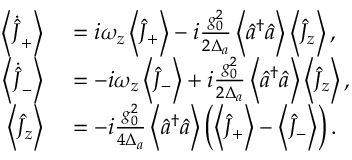
\begin{array} { r l } { \left\langle \dot { \hat { J } } _ { + } \right\rangle } & { { } = i \omega _ { z } \left\langle \hat { J } _ { + } \right\rangle - i \frac { g _ { 0 } ^ { 2 } } { 2 \Delta _ { a } } \left\langle \hat { a } ^ { \dagger } \hat { a } \right\rangle \left\langle \hat { J } _ { z } \right\rangle , } \\ { \left\langle \dot { \hat { J } } _ { - } \right\rangle } & { { } = - i \omega _ { z } \left\langle \hat { J } _ { - } \right\rangle + i \frac { g _ { 0 } ^ { 2 } } { 2 \Delta _ { a } } \left\langle \hat { a } ^ { \dagger } \hat { a } \right\rangle \left\langle \hat { J } _ { z } \right\rangle , } \\ { \left\langle \hat { J } _ { z } \right\rangle } & { { } = - i \frac { g _ { 0 } ^ { 2 } } { 4 \Delta _ { a } } \left\langle \hat { a } ^ { \dagger } \hat { a } \right\rangle \left( \left\langle \hat { J } _ { + } \right\rangle - \left\langle \hat { J } _ { - } \right\rangle \right) . } \end{array}